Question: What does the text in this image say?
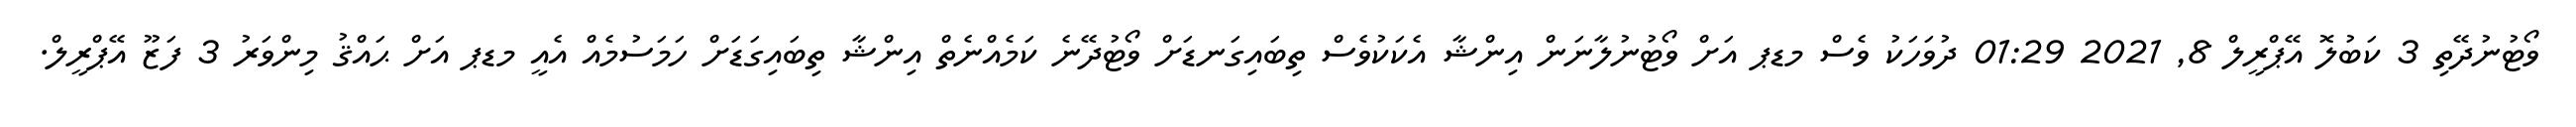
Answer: ވޯޓުނުދޭތި 3 ކަބުލޮ އޭޕްރީލް 8, 2021 01:29 ދުވަހަކު ވެސް މޑޕ އަށް ވޯޓުނުލާނަން އިންޝާ އެކަކުވެސް ތިބައިގަނޑަށް ވޯޓުދޭނެ ކަމެއްނެތް އިންޝާ ތިބައިގަޑަށް ހަމަސުމެއް އެއީ މޑޕ އަށް ޙައްޤު މިންވަރު 3 ފަޒޫ އޭޕްރީލް.